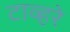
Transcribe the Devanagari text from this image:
टाव्हरे